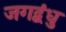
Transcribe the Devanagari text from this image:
जगद्बंधु